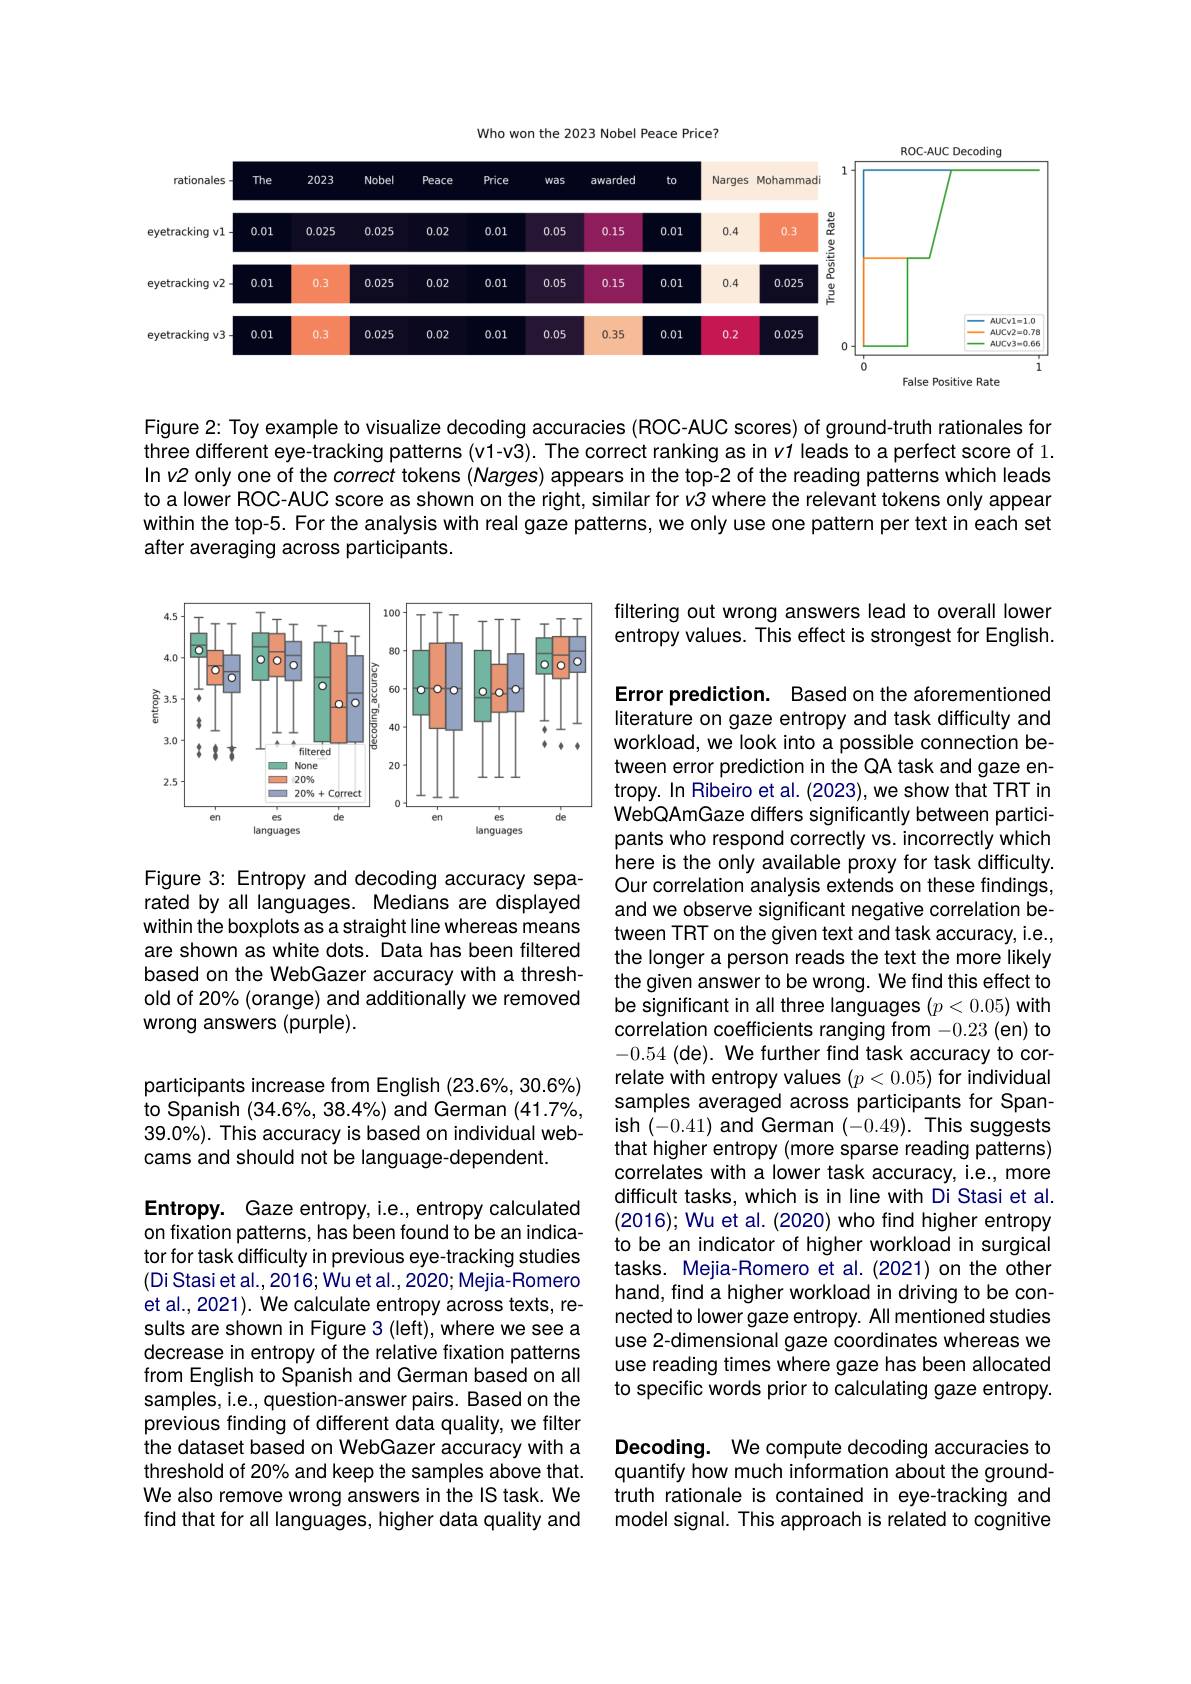
Who won the 2023 Nobel Peace Price7

<FigureHere>

False Positive Rate

Figure 2: Toy example to visualize decoding accuracies (ROC-AUC scores) of ground-truth rationales for three different eye-tracking patterns (v1-v3). The correct ranking as in v1 leads to a perfect score of 1. In v2 only one of the correct tokens $(Narges)$ appears in the top-2 of the reading patterns which leads to alower ROC-AUC score as shown on the right, similar for v3 where the relevant tokens only appear within the top-5. For the analysis with real gaze patterns, we only use one pattern per text in each set after averaging across participants.

filtering out wrong answers lead to overall lower entropy values. This effect is strongest for English.

<FigureHere>

Figure 3: Entropy and decoding accuracy separated by all languages. Medians are displayed within the boxplots as a straight line whereas means are shown as white dots. Data has been filtered based on the WebGazer accuracy with a threshold of 20% (orange) and additionally we removed wrong answers (purple).

Error prediction. Based on the aforementioned literature on gaze entropy and task difficulty and workload, we look into a possible connection between error prediction in the QA task and gaze entropy. In Ribeiro et al. (2023), we show that TRT in WebQAmGaze differs significantly between participants who respond correctly vs. incorrectly which here is the only available proxy for task difficulty Our correlation analysis extends on these findings, and we observe significant negative correlation between TRT on the given text and task accuracy, i.e., the longer a person reads the text the more likely the given answer to be wrong. We find this effect to be significant in all three languages $(p<0.05)$ with correlation coefficients ranging from -0.23 (en) to -0.54 (de). We further find task accuracy to correlate with entropy values $(p<0.05)$ for individual samples averaged across participants for Spanish (-0.41) and German (-0.49). This suggests that higher entropy (more sparse reading patterns) correlates with a lower task accuracy, i.e., more difficult tasks, which is in line with Di Stasi et al. (2016); Wu et al. (2020) who find higher entropy to be an indicator of higher workload in surgical tasks. Mejia-Romero et al.(2021) on the other hand, find a higher workload in driving to be connected to lower gaze entropy. All mentioned studies use 2-dimensional gaze coordinates whereas we use reading times where gaze has been allocated to specific words prior to calculating gaze entropy. Decoding. We compute decoding accuracies to quantify how much information about the groundtruth rationale is contained in eye-tracking and

participants increase from English (23.6%, 30.6%) to Spanish (34.6%, 38.4%) and German (41.7%, 39.0%). This accuracy is based on individual webcams and should not be language-dependent.

Entropy. Gaze entropy, i.e., entropy calculated on fixation patterns, has been found to be an indicator for task difficulty in previous eye-tracking studies (Di Stasi et al., 2016; Wu et al., 2020; Mejia- Romero et al., 2021). We calculate entropy across texts, results are shown in Figure 3 (left), where we see a decrease in entropy of the relative fixation patterns from English to Spanish and German based on all samples, i.e., question-answer pairs. Based on the previous finding of different data quality, we filter the dataset based on WebGazer accuracy with a threshold of 20% and keep the samples above that. We also remove wrong answers in the IS task. We find that for all languages, higher data quality and

model signal. This approach is related to cognitive